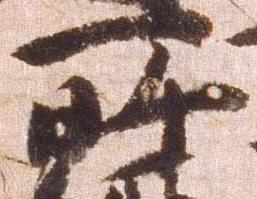
所